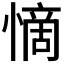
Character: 𭞣